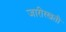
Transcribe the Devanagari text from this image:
जारीरखती